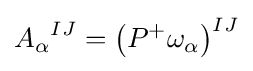
{A_{\alpha }}^{IJ}=\left(P^{+}\omega _{\alpha }\right)^{IJ}